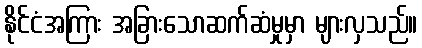
နိုင်ငံအကြား အခြားသောဆက်ဆံမှုမှာ များလှသည်။